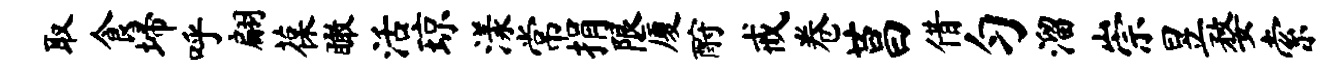
取食埽呼翩葆瞰活琼漾常捐限厦酹戒卷莒借匀溜崇昱婺索